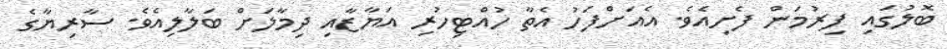
ބޮލުގައި ފިރުމަން ފެށިއެވެ. އެއަށްފަހު އެތާ ހުއްޓިހުރި އަޔާޒާއި ދިމާލަށް ބަލާލިއެވެ. ސާރިޔާގެ